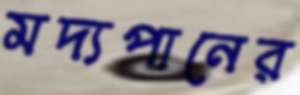
মদ্যপানের